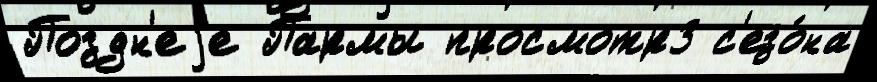
Поздн'еjе Пармы просмотр3 с'езо́на